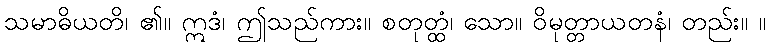
သမာဓိယတိ၊ ၏။ ဣဒံ၊ ဤသည်ကား။ စတုတ္ထံ၊ သော။ ဝိမုတ္တာယတနံ၊ တည်း။ ။